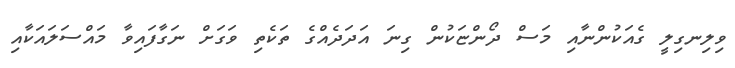
ވިލިނގިލީ ގެއަކުންނާއި މަސް ދޯންޏަކުން ގިނަ އަދަދެއްގެ ތަކެތި ވަގަށް ނަގާފައިވާ މައްސަލައަކާއި